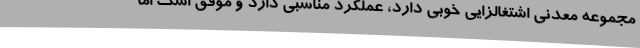
مجموعه معدنی اشتغالزایی خوبی دارد، عملکرد مناسبی دارد و موفق است اما